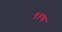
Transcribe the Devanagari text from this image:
९१वा